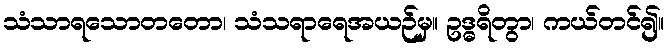
သံသာရသောတတော၊ သံသရာရေအယဉ်မှ။ ဥဒ္ဓရိတွာ၊ ကယ်တင်၍။